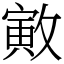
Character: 㪦